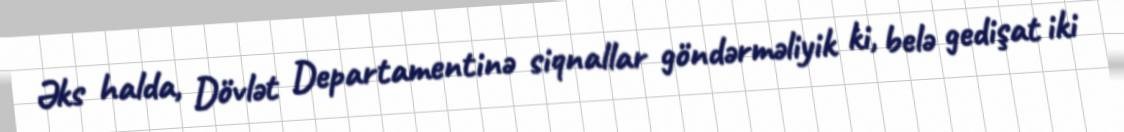
Əks halda, Dövlət Departamentinə siqnallar göndərməliyik ki, belə gedişat iki